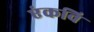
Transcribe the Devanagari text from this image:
एंकवि